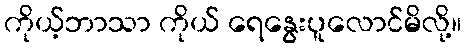
ကိုယ့်ဘာသာ ကိုယ် ရေနွေးပူလောင်မိလို့။